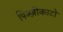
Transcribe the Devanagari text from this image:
पिज्ज़ीकाटो